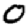
Digit: 0